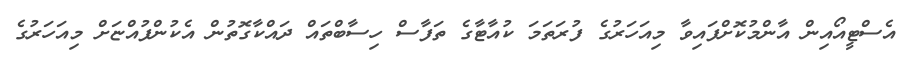
އެސްޓީއޯއިން އާންމުކޮށްފައިވާ މިއަހަރުގެ ފުރަތަމަ ކުއާޓާގެ ތަފާސް ހިސާބްތައް ދައްކާގޮތުން އެކުންފުއްޏަށް މިއަހަރުގެ